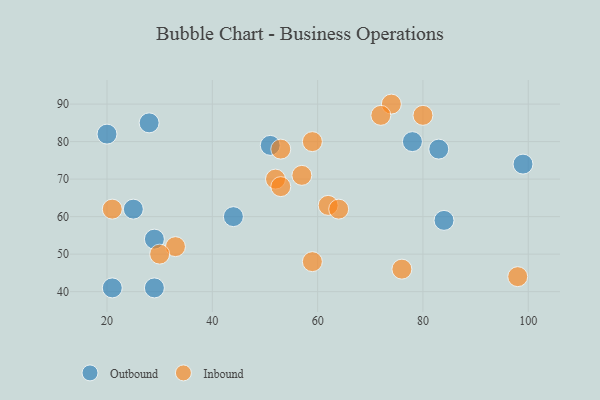
{"axis": {"x": "GDP", "y": "Life Expectancy"}, "legend": ["Inbound", "Outbound"], "data": [{"x": "29", "y": 41, "type": "Outbound"}, {"x": "44", "y": 60, "type": "Outbound"}, {"x": "83", "y": 78, "type": "Outbound"}, {"x": "25", "y": 62, "type": "Outbound"}, {"x": "84", "y": 59, "type": "Outbound"}, {"x": "21", "y": 41, "type": "Outbound"}, {"x": "78", "y": 80, "type": "Outbound"}, {"x": "20", "y": 82, "type": "Outbound"}, {"x": "99", "y": 74, "type": "Outbound"}, {"x": "51", "y": 79, "type": "Outbound"}, {"x": "29", "y": 54, "type": "Outbound"}, {"x": "28", "y": 85, "type": "Outbound"}, {"x": "74", "y": 90, "type": "Inbound"}, {"x": "72", "y": 87, "type": "Inbound"}, {"x": "33", "y": 52, "type": "Inbound"}, {"x": "59", "y": 48, "type": "Inbound"}, {"x": "98", "y": 44, "type": "Inbound"}, {"x": "53", "y": 78, "type": "Inbound"}, {"x": "52", "y": 70, "type": "Inbound"}, {"x": "62", "y": 63, "type": "Inbound"}, {"x": "64", "y": 62, "type": "Inbound"}, {"x": "30", "y": 50, "type": "Inbound"}, {"x": "53", "y": 68, "type": "Inbound"}, {"x": "76", "y": 46, "type": "Inbound"}, {"x": "80", "y": 87, "type": "Inbound"}, {"x": "21", "y": 62, "type": "Inbound"}, {"x": "59", "y": 80, "type": "Inbound"}, {"x": "57", "y": 71, "type": "Inbound"}]}